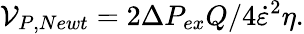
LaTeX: \mathcal{V}_{P,Newt}=2\Delta P_{ex}Q/4\dot{\varepsilon}^{2}\eta.